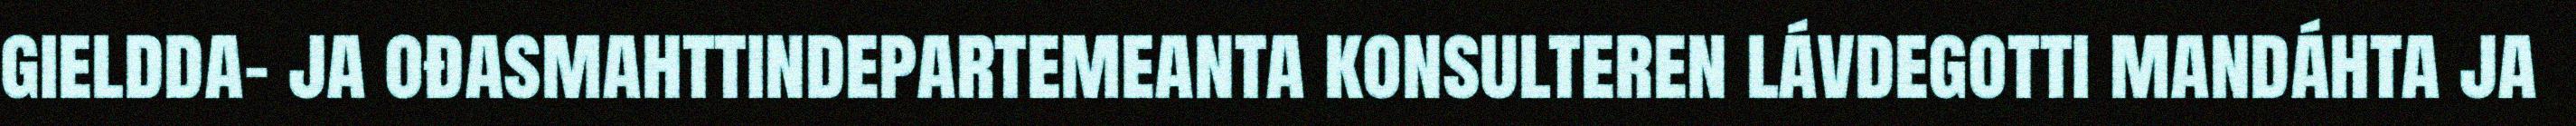
gieldda- ja ođasmahttindepartemeanta konsulteren lávdegotti mandáhta ja